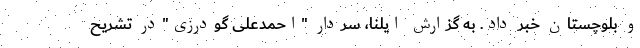
و بلوچستان خبر داد. به گزارش ایلنا، سردار "احمدعلی گودرزی"در تشریح